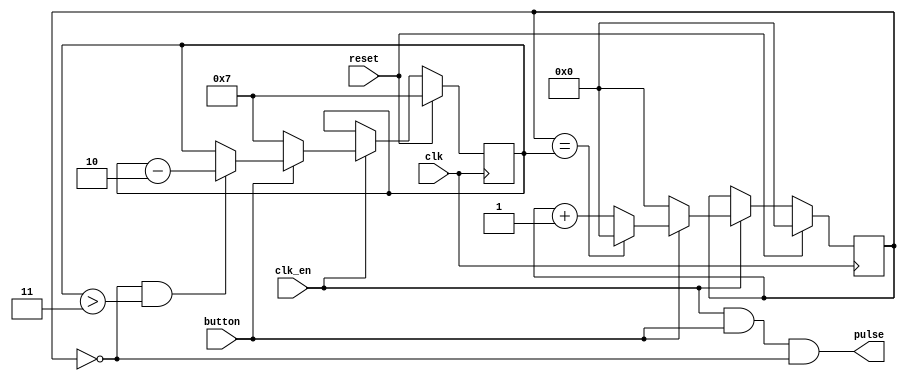
`default_nettype none
module button_pulse 
#(
    parameter MAX_COUNT = 8,    // max wait before issue next pulse
    parameter DEC_COUNT = 2,    // every pulse, decrement comparitor by this amount
    parameter MIN_COUNT = 1     // until reaches this wait time
)(
    input wire clk,
    input wire clk_en,
    input wire button,
    input wire reset,
    output wire pulse
);

    reg [$clog2(MAX_COUNT-1):0] comp;
    reg [$clog2(MAX_COUNT-1):0] count;

    assign pulse = (clk_en && button && count == 0);

    always @(posedge clk)
        if(reset) begin
            comp <= MAX_COUNT - 1;
            count <= 0;
        end else
        if(clk_en) begin
            if(button)
                count <= count + 1;

            // if button is held, increase pulse rate by reducing comp
            if(count == 0 && comp > (MIN_COUNT + DEC_COUNT)) begin
                comp <= comp - DEC_COUNT;
            end

            // reset counter
            if(count == comp)
                count <= 0;

            // if button is released, set count and comp to default
            if(!button) begin
                count <= 0;
                comp <= MAX_COUNT - 1;
            end
        end

    /*
    `ifdef FORMAL
        default clocking @(posedge clk); endclocking
        default disable iff (!clk_en);

        cover property (##1 $rose(pulse));
        cover property (comp < MAX_COUNT - 1);
        assert property (button |=> comp <= $past(comp));
        assert property (button && count != comp |=> count >= $past(count));
        assert property (button && count == 0 |-> pulse);
        assert property (pulse |=> !pulse);
    `endif
    */

endmodule
`default_nettype wire